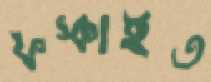
ফস্‌কাইত